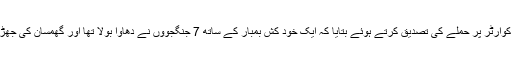
افغان طالبان کے ترجمان ذبیح اللہ مجاہد نے پولیس ہیڈ کوارٹر پر حملے کی تصدیق کرتے ہوئے بتایا کہ ایک خود کش بمبار کے ساتھ 7 جنگجوؤں نے دھاوا بولا تھا اور گھمسان کی جھڑپ میں افغان پولیس کو بڑے پیمانے پر نقصان پہنچایا۔